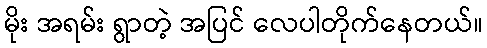
မိုး အရမ်း ရွာတဲ့ အပြင် လေပါတိုက်နေတယ်။